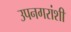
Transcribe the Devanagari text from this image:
उपनगरांशी